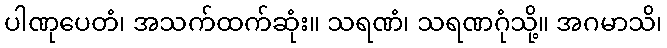
ပါဏုပေတံ၊ အသက်ထက်ဆုံး။ သရဏံ၊ သရဏဂုံသို့။ အဂမာသိ၊